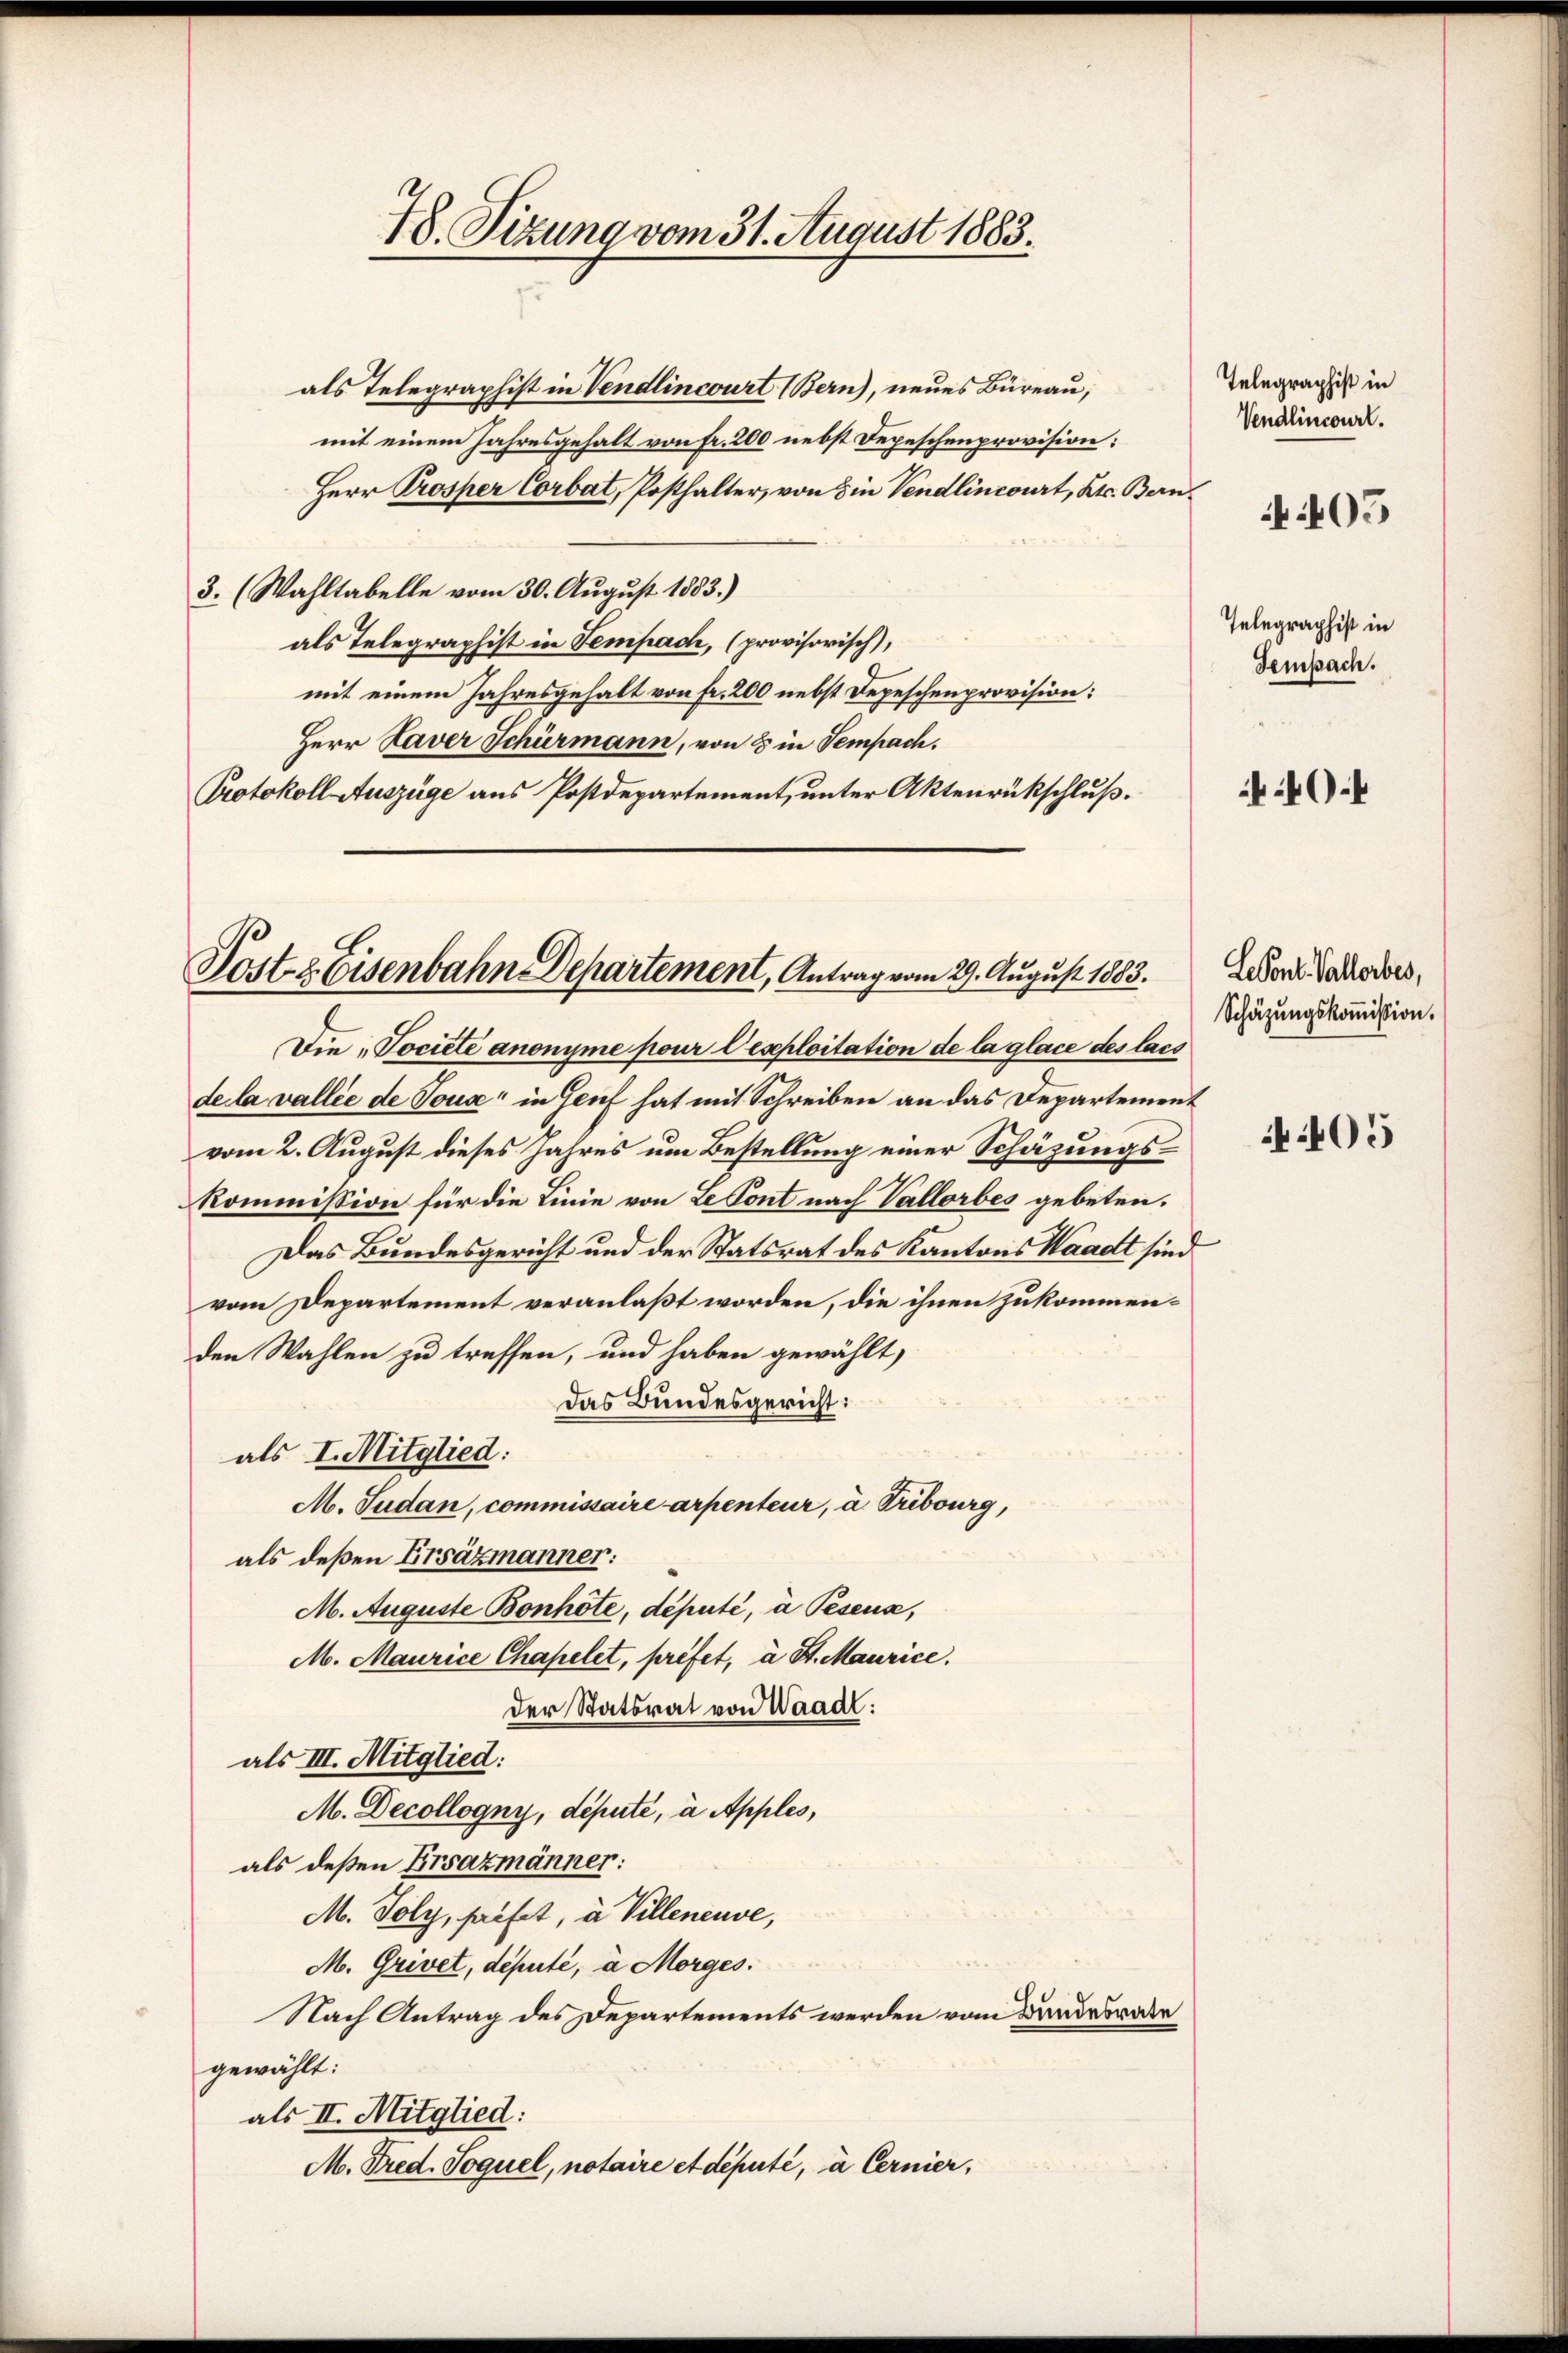
48. Sizung vom 31. August 1883.

als Telegraphist in Vendlincourt (Bern), neues Büreau,
mit einem Jahresgehalt von fr. 200 nebst Depeschenprovision:
Herr Prosper Corbat, Posthalter, von 8 in Vendlincourt, Kt. Bern
3. (Wahltabelle vom 30. August 1883.)
als Telegraphist in Sempach, (provisorisch),
mit einem Jahresgehalt von fr. 200 nebst Depeschenprovision:
Herr Kaver Schürmann, von 8 in Sempach.
Protokoll Auszüge aus Postdepartement, unter Aktenrückschluß.

Host- & Eisenbahn Departement, Antrag vom 29. August 1883.

Die „Tociete anonyme pour l’exploitation de la glace des lass
de la vallié de Touse in Genf hat mit Schreiben an das Departement
vom 2. August dieses Jahres um Bestellung einer Schäzungs¬
Kommission für die Linie von Le Tont nach Vallorbes gebeten.
Das Bundesgericht und der Statsrat des Kantons Waadt sind
vom Departement veranlaßt worden, die ihnen zukommenden Wahlen zu treffen, und haben gewählt,
Das Bundesgericht:
als I. Mitglied:
M. Sudan, commissaire arpenteur, à Tribourg,
als deßen Ersäzmanner:
M. Auguste Bonhote, député, à Peseuse,
M. Maurice Chapelet, préfet, à St. Maurice.
der Statsrat von Waadt:
als III. Mitglied:
M. Decollogny, deputé, à Apples,
als deßen Ersazmänner:
M. Poly, haifet, à Villeneuve,
M. Grivet, deputé, à Morges.
Nach Antrag des Departements werden vom Bundesrate
gewählt:
als II. Mitglied:
M. Tred. Joquel, notaire et député, à Cernier,

Telegraphist in
Vendlincourt.

405

Telegraphist in
Sempach.

40.

LeVont. Vallerbes,
Schätzungskoṁission.

05